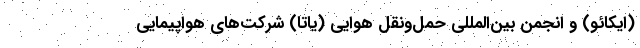
(ایکائو) و انجمن بین‌المللی حمل‌ونقل هوایی (یاتا) شرکت‌های هواپیمایی